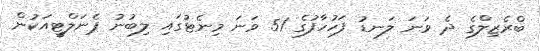
ބްރެޒިލްގެ ދެ ވަނަ ލަނޑު ފަހުހާފުގެ 51 ވަނަ މިނެޓުގައި ލިބުނު ޕެނަލްޓީއަކުން